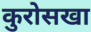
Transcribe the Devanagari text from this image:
कुरोसखा